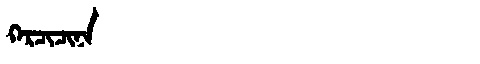
Manchu: ᡴᡝᡵᠴᡳᠴᡳᠨᠠ
Romanization: KERCICINA